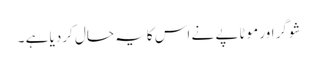
شوگر اور موٹاپے نے اس کایہ حال کردیا ہے ۔